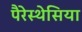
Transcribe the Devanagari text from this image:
पैरेस्थेसिया